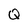
Character: Q